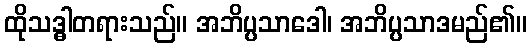
ထိုသဒ္ဓါတရားသည်။ အဘိပ္ပသာဒေါ၊ အဘိပ္ပသာဒမည်၏။